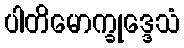
ပါတိမောက္ခုဒ္ဒေသံ